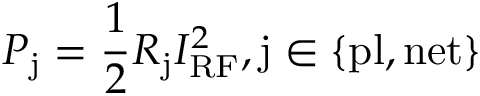
P _ { \mathrm { j } } = \frac { 1 } { 2 } R _ { \mathrm { j } } I _ { \mathrm { R F } } ^ { 2 } , \mathrm { j } \in \{ \mathrm { p l } , \mathrm { n e t } \}